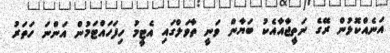
އަނެއްކޮޅުން ރޭގެ ނަތީޖާއާއެކު ބަޔާން ވަނީ ތާވަލްގައި އެޓީމު ހިފަހައްޓަމުން އަންނަ ހަތަރު